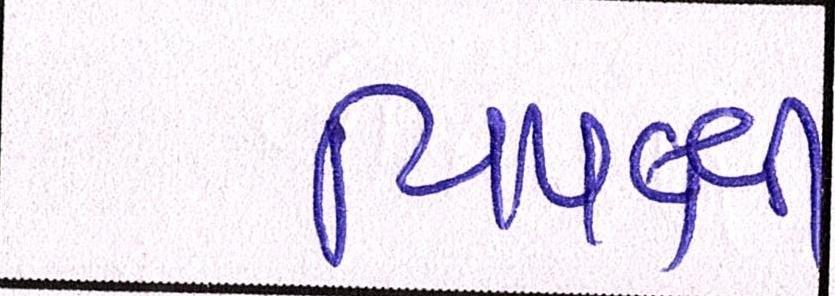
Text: વિપક્ષી